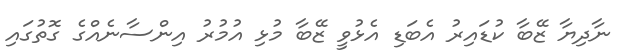
ނާދިޔާ ޒޭބާ ކުޑައިރު އެބަޑި އެޅުވީ ޒޭބާ މުޅި އުމުރު އިންސާނެއްގެ ގޮތުގައި